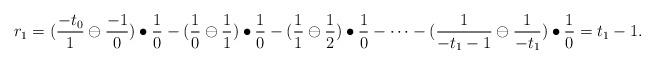
LaTeX: \begin{align*}r_1=(\frac{-t_0}{1}\ominus\frac{-1}{0})\bullet\frac{1}{0}-(\frac{1}{0}\ominus\frac{1}{1})\bullet\frac{1}{0}-(\frac{1}{1}\ominus\frac{1}{2})\bullet\frac{1}{0}-\cdots-(\frac{1}{-t_1-1}\ominus\frac{1}{-t_{1}})\bullet\frac{1}{0}=t_{1}-1.\end{align*}